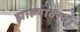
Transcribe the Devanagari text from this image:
झाल्यावरचा